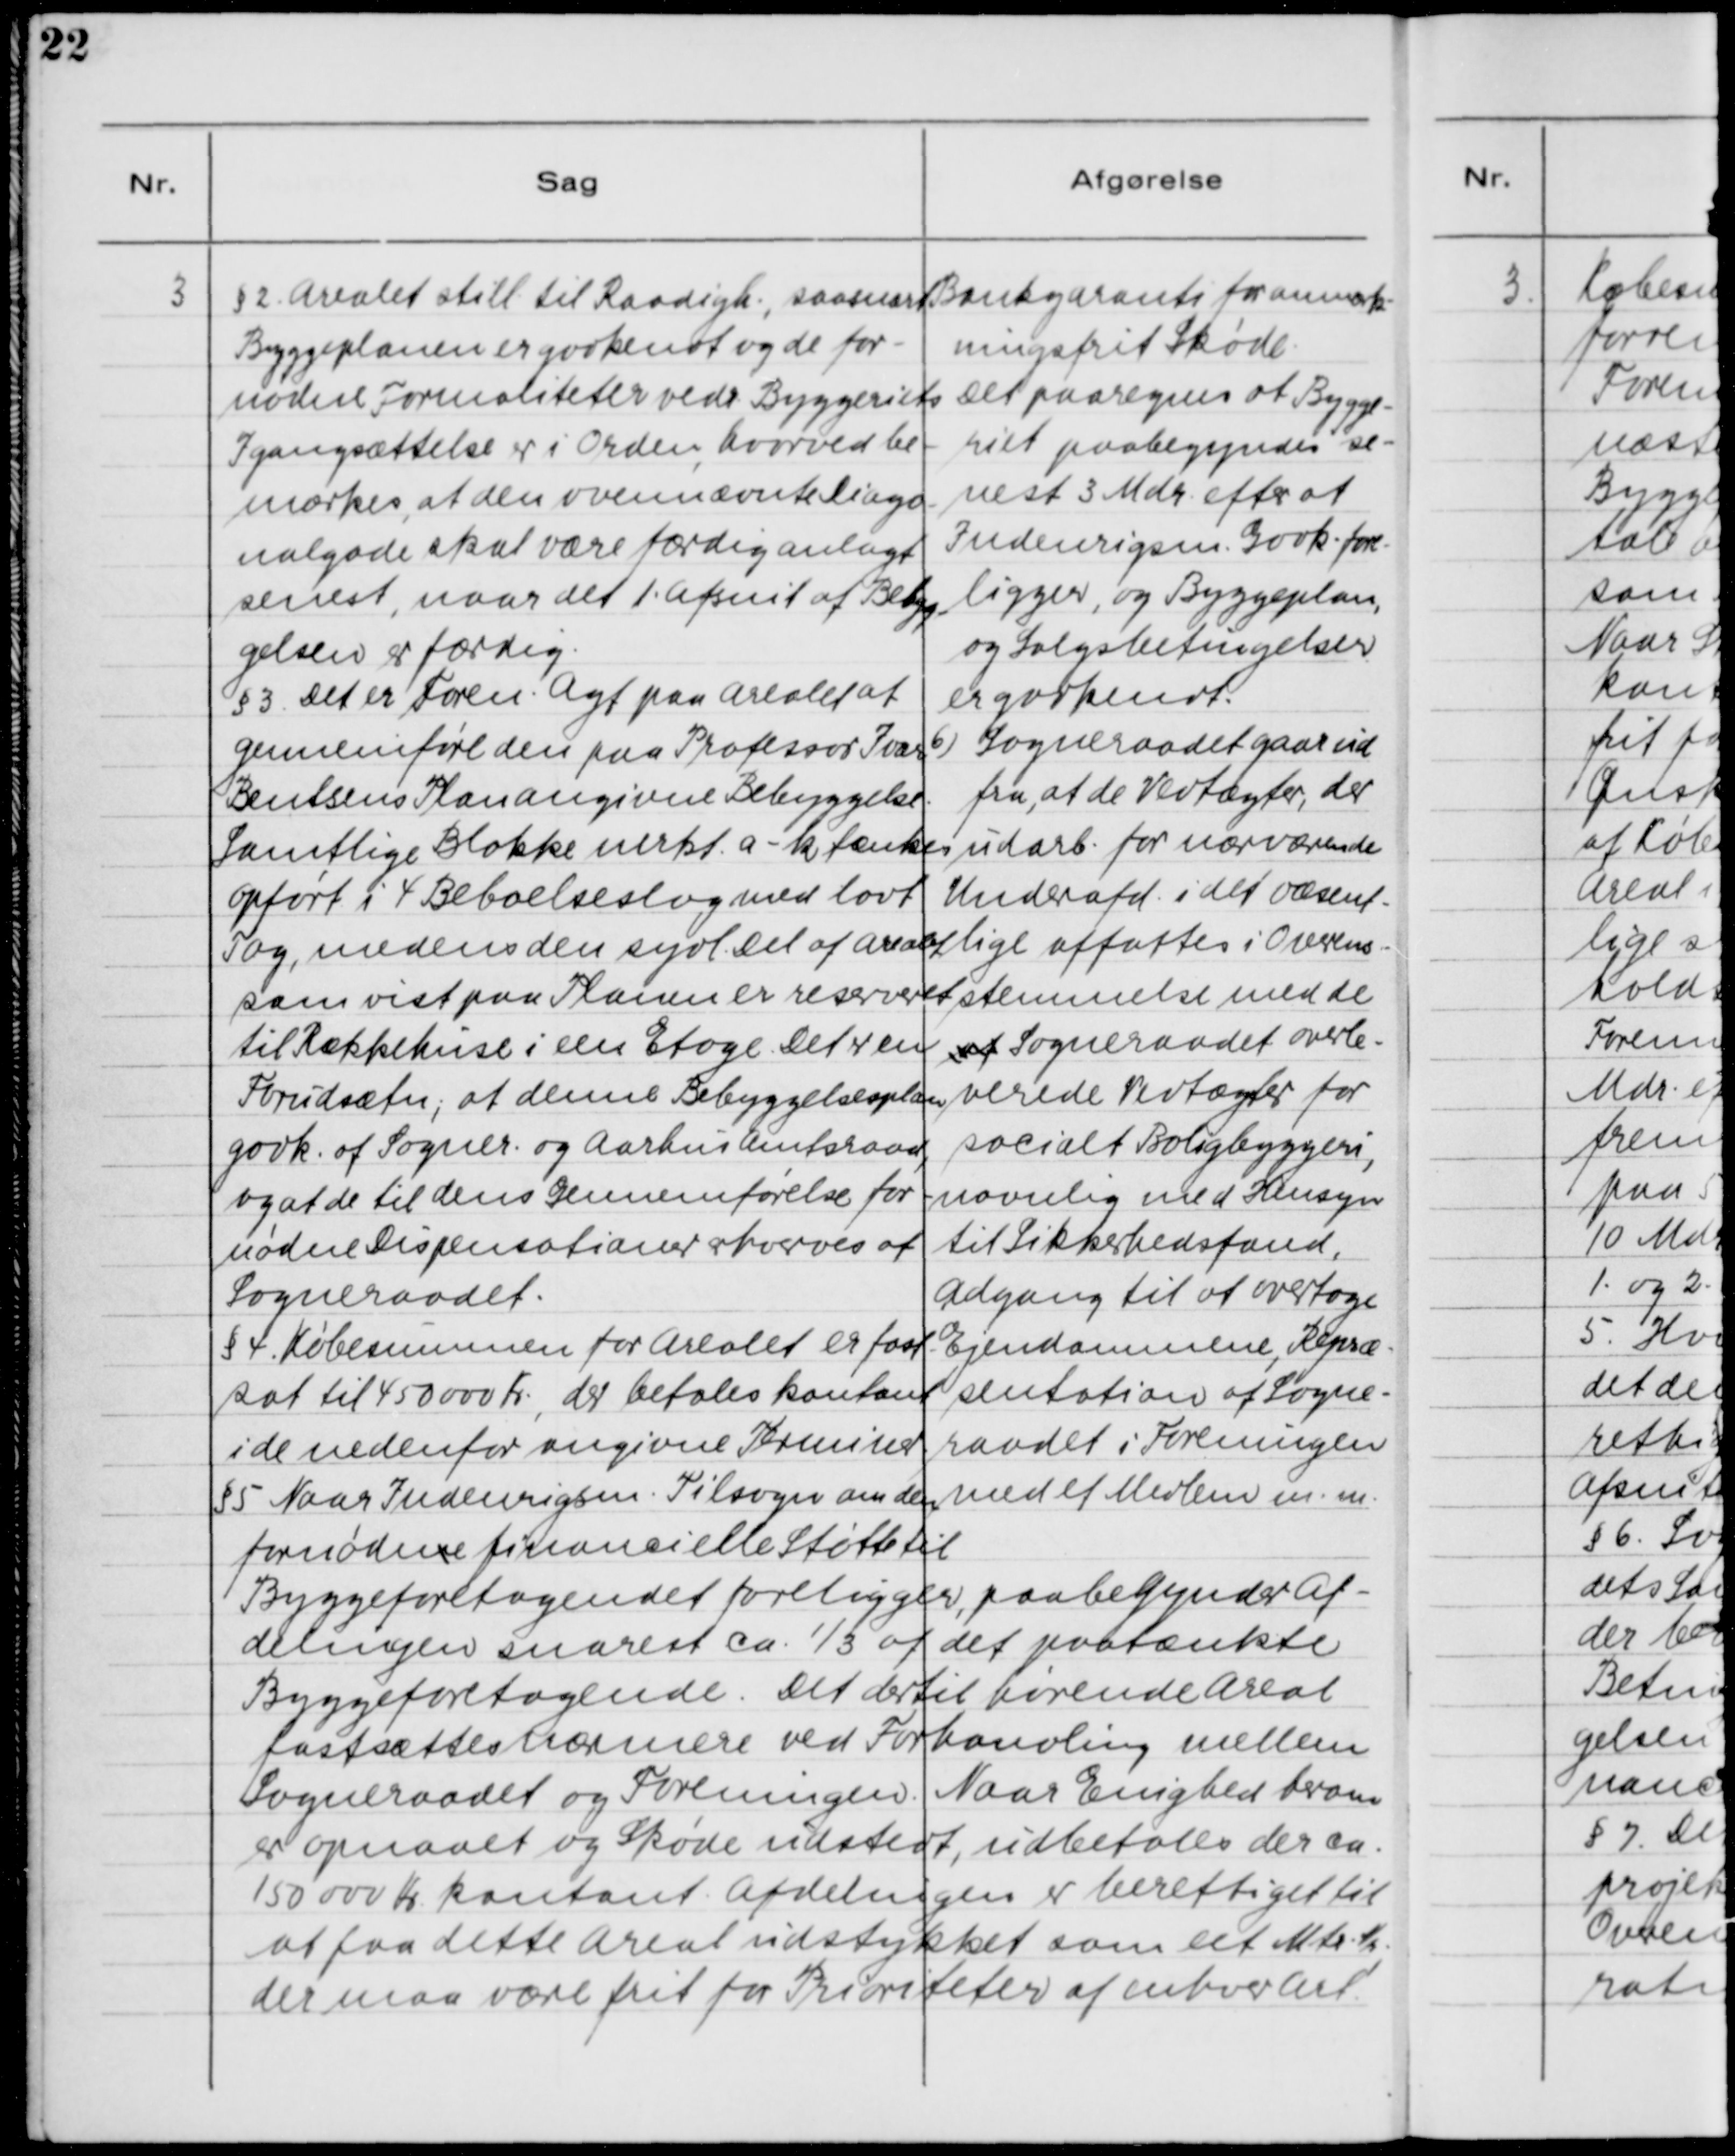
Transskription:
3. §2. Arealet still. til Raadigh., saasnart
Byggeplanen er godkendt og de for-
nødne Formaliteter vedr. Byggeriets
Igangsættelse er i Orden, hvorved be-
mærkes, at den ovennævnte diago-
nalgade skal være færdig anlagt
senest, naar det 1. Afsnit af Bebyg-
gelsen er færdig.
§3. Det er Foren. Agt paa Arealet at
gennemføre den paa Professor Ivar
Bentsens Plan angivne Bebyggelse.
Samtlige Blokke mrkt. a - k tænkes
opført i 4 Beboelseslag med lavt
Tag, medens den sydl. Del af Arealet
som vist paa Planen er reserveret
til Rækkehuse i een Etage. Det er en
Forudsætn., at denne Bebyggelsesplan
godk. af Sogner. og Aarhus Amtsraad,
og at de til dens Gennemførelse for-
nødne Dispensationer erhverves af
Sogneraadet.
§4. Købesummen for Arealet er fast-
sat til 450 000 Kr., der betales kontant
i de nedenfor angivne Terminer.
§5. Naar Indenrigsm. Tilsagn om den
fornødne finansielle Støtte til
Byggeforetagenet foreligger, paabegynder Af-
delingen snarest ca. 1/3 af det paatænkte
Byggeforetagende. Det dertil hørende Areal
fastsættes nærmere ved Forhandling mellem
Sogneraadet og Foreningen. Naar Enighed herom
er opnaaet og Skøde udstedt, udbetales der ca.
150 000 Kr. kontant. Afdelingen er berettiget til
at faa dette Areal udstykket som eet Matr. Nr.,
der maa være frit for Prioriteter af enhver art.

Bankgaranti for anmærk-
ningsfrit Skøde.
Det paaregnes at Bygge-
riet paabegyndes se-
nest 3 Mdr. efter at
Indenrigsm. Godk. fore-
ligger, og Byggeplan,
og Salgsbetingelser
er godkendt.
6) Sogneraadet gaar ud
fra, at de Vedtægter, der
udarb. for nærværende
Underafd. i det væsent-
lige affattes i Overens-
stemmelse med de
af Sogneraadet overle-
verede Vedtægter for
socialt Boligbyggeri,
navnlig med Hensyn
til Sikkerhedsfond,
Adgang til at overtage
Ejendommene, Repræ-
sentation af Sogne-
raadet i Foreningen
med et Medlem m.m.